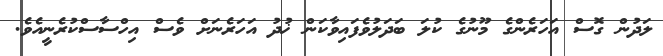
ލަދުން ގޮސް އަހަރެންގެ މޫނުގެ ކުލަ ބަދަލުވެފައިވާކަން ޚުދު އަހަރެނަށް ވެސް އިހްސާސްކުރެނީއެވެ.